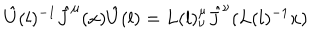
{ \hat { U } } ( l ) ^ { - 1 } { \hat { J } } ^ { \mu } ( x ) { \hat { U } } ( l ) = L ( l ) _ { \nu } ^ { \mu } { \hat { J } } ^ { \nu } ( L ( l ) ^ { - 1 } x )